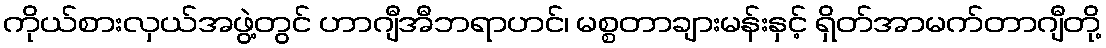
ကိုယ်စားလှယ်အဖွဲ့တွင် ဟာဂျီအီဘရာဟင်၊ မစ္စတာချားမန်းနှင့် ရှိတ်အာမက်တာဂျီတို့